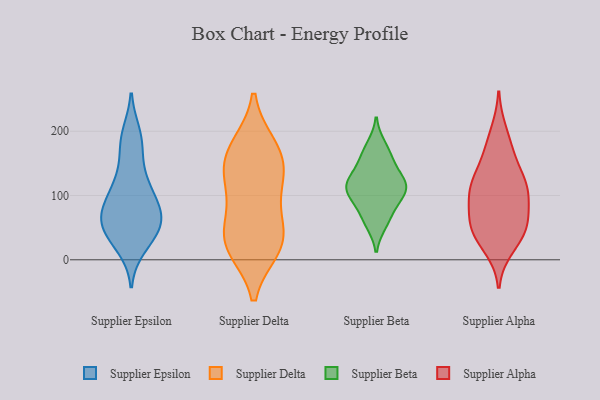
{"axis": {"x": "Customer Acquisition Cost (USD)", "y": "Value"}, "legend": ["Supplier Alpha", "Supplier Beta", "Supplier Delta", "Supplier Epsilon"], "data": [{"x": "", "y": 31, "type": "Supplier Epsilon"}, {"x": "", "y": 125, "type": "Supplier Epsilon"}, {"x": "", "y": 94, "type": "Supplier Epsilon"}, {"x": "", "y": 169, "type": "Supplier Epsilon"}, {"x": "", "y": 71, "type": "Supplier Epsilon"}, {"x": "", "y": 102, "type": "Supplier Epsilon"}, {"x": "", "y": 78, "type": "Supplier Epsilon"}, {"x": "", "y": 65, "type": "Supplier Epsilon"}, {"x": "", "y": 60, "type": "Supplier Epsilon"}, {"x": "", "y": 61, "type": "Supplier Epsilon"}, {"x": "", "y": 196, "type": "Supplier Epsilon"}, {"x": "", "y": 122, "type": "Supplier Epsilon"}, {"x": "", "y": 188, "type": "Supplier Epsilon"}, {"x": "", "y": 20, "type": "Supplier Epsilon"}, {"x": "", "y": 48, "type": "Supplier Epsilon"}, {"x": "", "y": 42, "type": "Supplier Epsilon"}, {"x": "", "y": 25, "type": "Supplier Delta"}, {"x": "", "y": 31, "type": "Supplier Delta"}, {"x": "", "y": 134, "type": "Supplier Delta"}, {"x": "", "y": 99, "type": "Supplier Delta"}, {"x": "", "y": 173, "type": "Supplier Delta"}, {"x": "", "y": 27, "type": "Supplier Delta"}, {"x": "", "y": 154, "type": "Supplier Delta"}, {"x": "", "y": 130, "type": "Supplier Delta"}, {"x": "", "y": 176, "type": "Supplier Delta"}, {"x": "", "y": 63, "type": "Supplier Delta"}, {"x": "", "y": 19, "type": "Supplier Delta"}, {"x": "", "y": 126, "type": "Supplier Beta"}, {"x": "", "y": 160, "type": "Supplier Beta"}, {"x": "", "y": 56, "type": "Supplier Beta"}, {"x": "", "y": 117, "type": "Supplier Beta"}, {"x": "", "y": 65, "type": "Supplier Beta"}, {"x": "", "y": 178, "type": "Supplier Beta"}, {"x": "", "y": 96, "type": "Supplier Beta"}, {"x": "", "y": 151, "type": "Supplier Beta"}, {"x": "", "y": 122, "type": "Supplier Beta"}, {"x": "", "y": 90, "type": "Supplier Beta"}, {"x": "", "y": 113, "type": "Supplier Beta"}, {"x": "", "y": 108, "type": "Supplier Beta"}, {"x": "", "y": 108, "type": "Supplier Alpha"}, {"x": "", "y": 58, "type": "Supplier Alpha"}, {"x": "", "y": 105, "type": "Supplier Alpha"}, {"x": "", "y": 71, "type": "Supplier Alpha"}, {"x": "", "y": 129, "type": "Supplier Alpha"}, {"x": "", "y": 115, "type": "Supplier Alpha"}, {"x": "", "y": 171, "type": "Supplier Alpha"}, {"x": "", "y": 116, "type": "Supplier Alpha"}, {"x": "", "y": 32, "type": "Supplier Alpha"}, {"x": "", "y": 99, "type": "Supplier Alpha"}, {"x": "", "y": 50, "type": "Supplier Alpha"}, {"x": "", "y": 199, "type": "Supplier Alpha"}, {"x": "", "y": 160, "type": "Supplier Alpha"}, {"x": "", "y": 19, "type": "Supplier Alpha"}, {"x": "", "y": 45, "type": "Supplier Alpha"}, {"x": "", "y": 56, "type": "Supplier Alpha"}]}